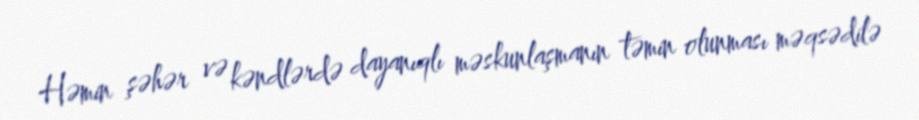
Həmin şəhər və kəndlərdə dayanıqlı məskunlaşmanın təmin olunması məqsədilə